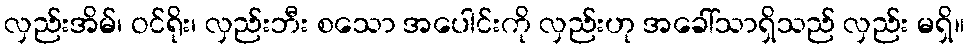
လှည်းအိမ်၊ ဝင်ရိုး၊ လှည်းဘီး စသော အပေါင်းကို လှည်းဟု အခေါ်သာရှိသည် လှည်း မရှိ။